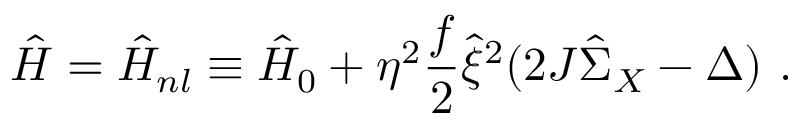
\hat { H } = \hat { H } _ { n l } \equiv \hat { H } _ { 0 } + \eta ^ { 2 } \frac { f } { 2 } \hat { \xi } ^ { 2 } ( 2 J \hat { \Sigma } _ { X } - \Delta ) \ .